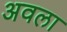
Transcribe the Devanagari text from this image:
अवला